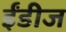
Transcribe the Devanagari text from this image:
ईंडीज